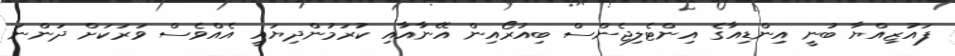
ފައުޒިއްޔާ ބުނީ އިންޑިއާގެ އިންޓެލިޖެންސް ބިއުރޯއިން އޭނާއާއި ކުރަމުންދިޔައީ އެއްވެސް ވަރަކަށް ދަންނަ